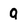
Character: 9